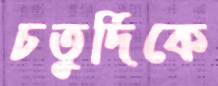
চতুর্দিকে